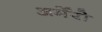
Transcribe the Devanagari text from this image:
अर्मेरो